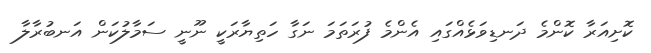
ކޮށިއަރާ ކޮންމެ ދަނޑިވަޅެއްގައި އެންމެ ފުރަތަމަ ނަގާ ހަތިޔާރަކީ ނޫނީ ސަމާލުކަން އަނބުރާލާ